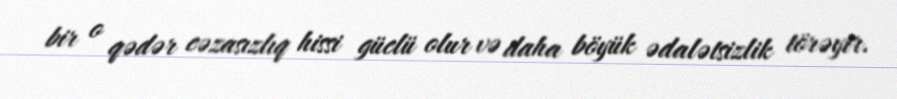
bir o qədər cəzasızlıq hissi güclü olur və daha böyük ədalətsizlik törəyir.